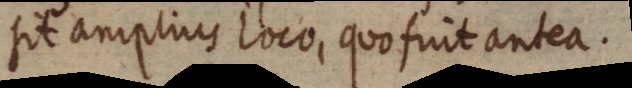
sit amplius loco, quo fuit antea.